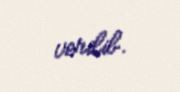
verilib.